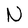
Character: N